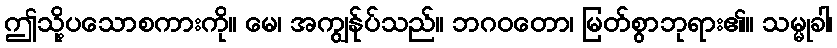
ဤသို့ပသောစကားကို။ မေ၊ အကျွန်ုပ်သည်။ ဘဂဝတော၊ မြတ်စွာဘုရား၏။ သမ္မုခါ၊